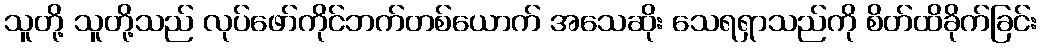
သူတို့ သူတို့သည် လုပ်ဖော်ကိုင်ဘက်တစ်ယောက် အသေဆိုး သေရရှာသည်ကို စိတ်ထိခိုက်ခြင်း